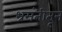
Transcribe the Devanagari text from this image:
भ्रमंतीतून